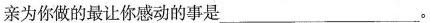
亲为你做的最让你感动的事是___。